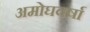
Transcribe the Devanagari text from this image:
अमोघवर्षा